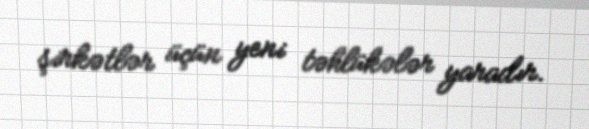
şirkətlər üçün yeni təhlükələr yaradır.